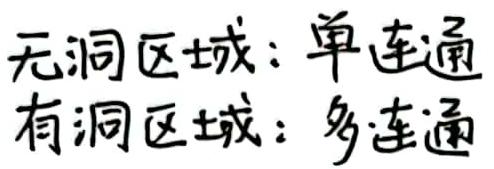
无洞区域：单连通
有洞区域：多连通